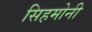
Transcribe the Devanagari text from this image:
सिहमोनी